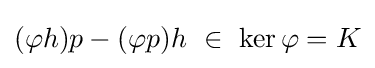
(\varphi h)p-(\varphi p)h~\in ~\ker \varphi =K